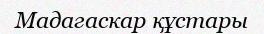
Мадагаскар құстары